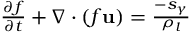
\begin{array} { r } { \frac { \partial f } { \partial t } + \nabla \cdot \left( f \mathbf { u } \right) = \frac { - s _ { \gamma } } { \rho _ { l } } } \end{array}